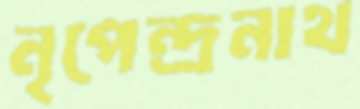
নৃপেন্দ্রনাথ